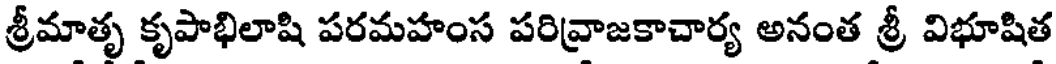
శ్రీమాతృ కృపాభిలాషి పరమహంస పరివ్రాజకాచార్య అనంత శ్రీ విభూషిత